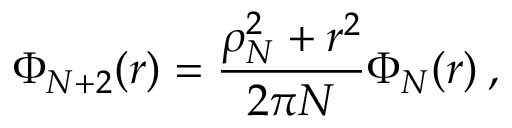
\Phi _ { N + 2 } ( r ) = \frac { \rho _ { N } ^ { 2 } + r ^ { 2 } } { 2 \pi N } \Phi _ { N } ( r ) \: ,